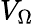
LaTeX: V_{\Omega}